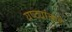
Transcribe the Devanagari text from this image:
यष्ट्यांकडे